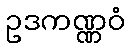
ဥဒကဏ္ဏဝံ